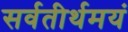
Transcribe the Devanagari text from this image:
सर्वतीर्थमयं